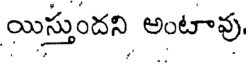
యిస్తుందని అంటావు